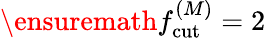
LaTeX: \ensuremath{f_{\mathrm{cut}}^{(M)}}=2